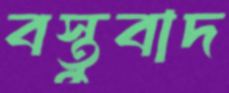
বস্তুবাদ